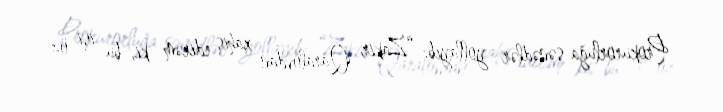
Prokurorluğa sənədlər yollayıb: “Zakir Qaralovdan xahiş edirəm ki, bu işi öz